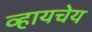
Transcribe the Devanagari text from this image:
व्हायचेय